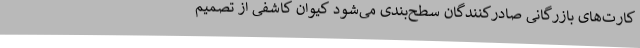
کارت‌های بازرگانی صادرکنندگان سطح‌بندی می‌شود کیوان کاشفی از تصمیم